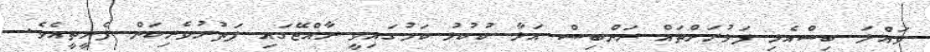
ވައްލަ ބިސްއެޅި ފަޅުރަށްތައް ރަންބިސް އަޅާ ކުކުޅު ކަމުގައިވީ ރާއްޖޭގައި ފަތުރުވެރިކަން ފެށީތީއެވެ.